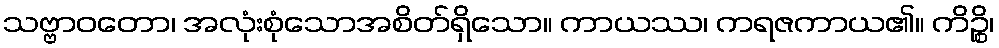
သဗ္ဗာဝတော၊ အလုံးစုံသောအစိတ်ရှိသော။ ကာယဿ၊ ကရဇကာယ၏။ ကိဉ္စိ၊